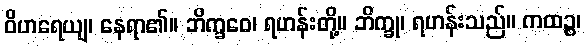
ဝိဟရေယျ၊ နေရာ၏။ ဘိက္ခဝေ၊ ရဟန်းတို့။ ဘိက္ခု၊ ရဟန်းသည်။ ကထဉ္စ၊